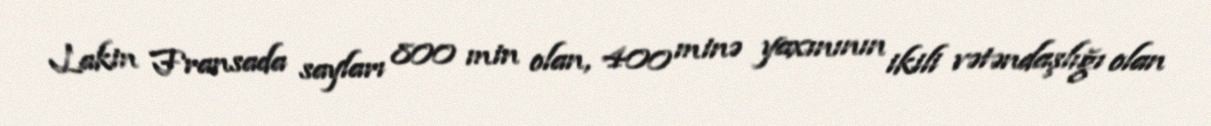
Lakin Fransada sayları 800 min olan, 400 minə yaxınının ikili vətəndaşlığı olan